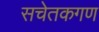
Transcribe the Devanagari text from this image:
सचेतकगण